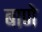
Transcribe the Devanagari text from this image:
बाणे